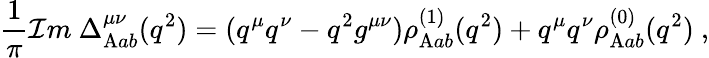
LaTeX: {\frac{1}{\pi}}{\cal I}m~\Delta_{\mathrm{A}ab}^{\mu\nu}(q^{2})=(q^{\mu}q^{\nu}-q^{2}g^{\mu\nu})\rho_{\mathrm{A}ab}^{(1)}(q^{2})+q^{\mu}q^{\nu}\rho_{\mathrm{A}ab}^{(0)}(q^{2})\ ,